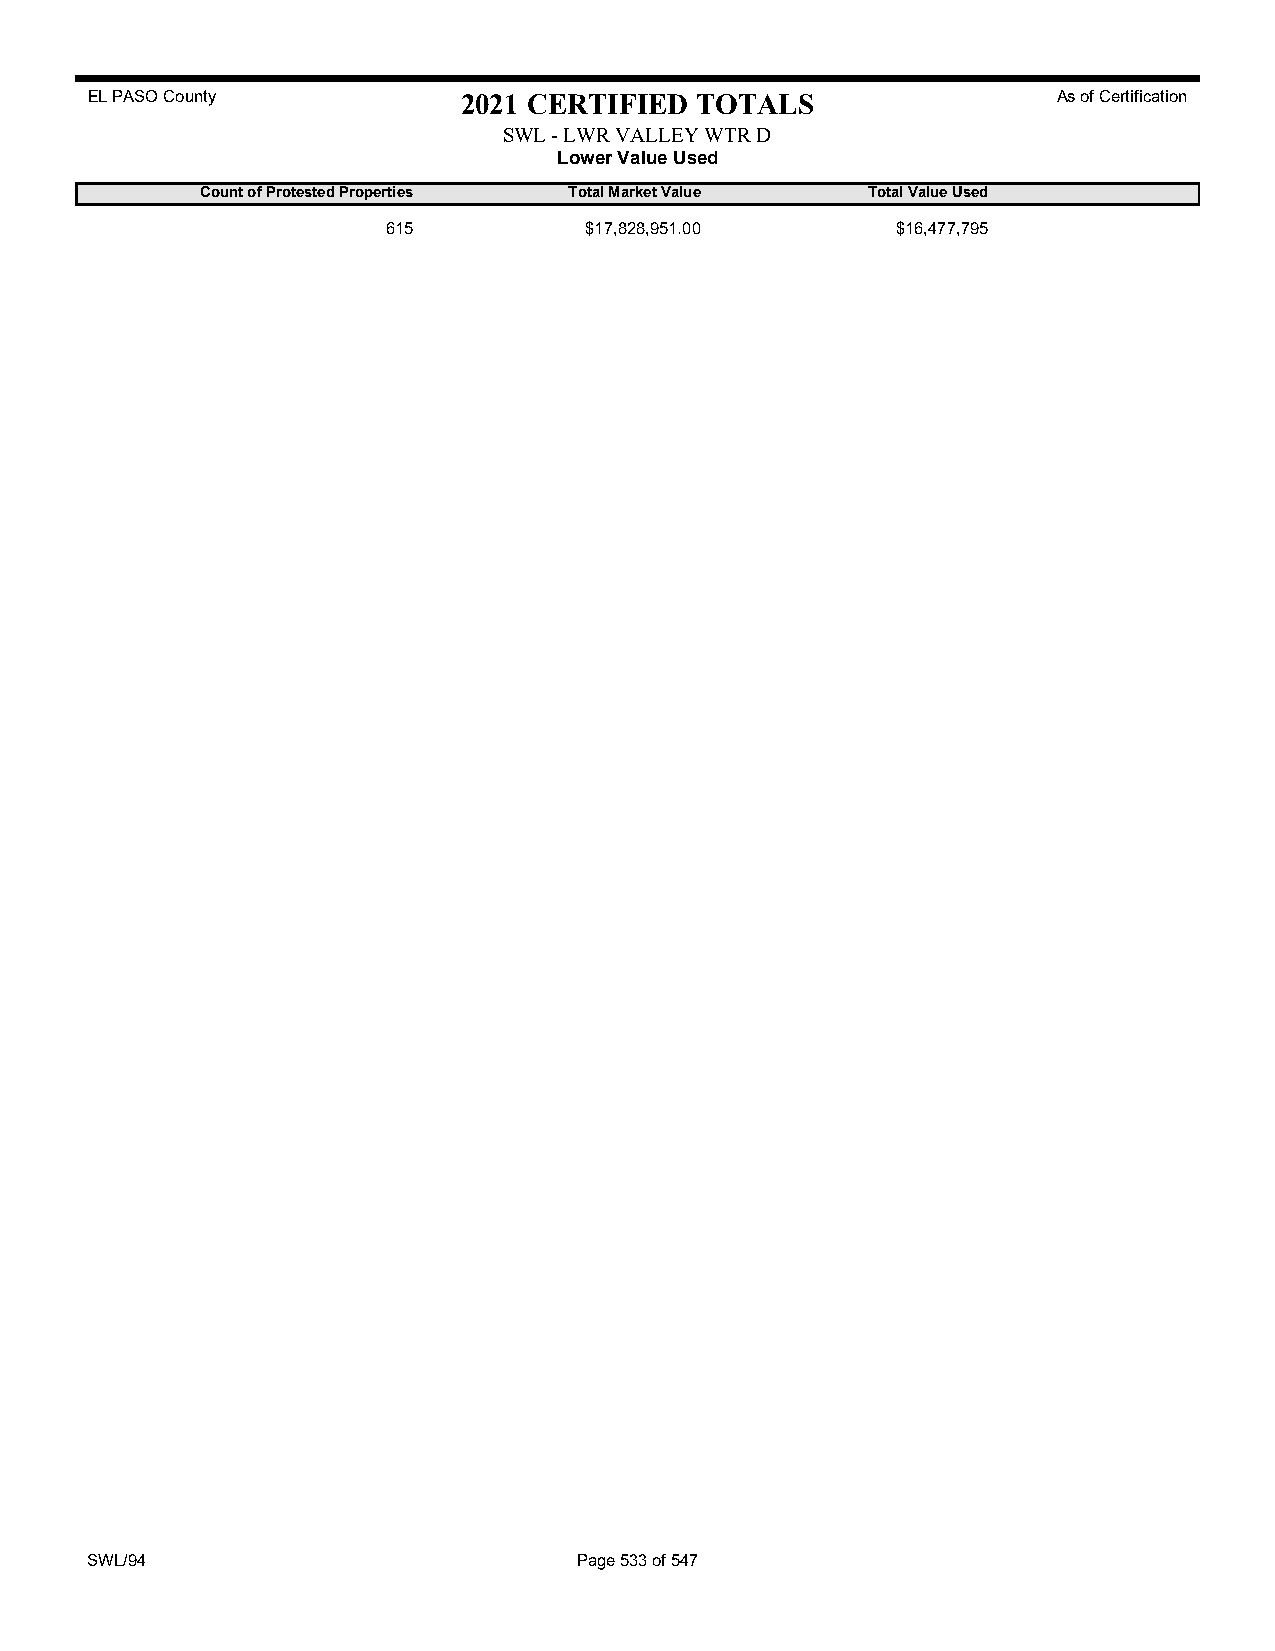
EL PASO County           2021 CERTIFIED TOTALS                  As of Certification
 SWL - LWR VALLEY WTR D
 Lower Value Used
 Count of Protested Properties Total Market Value Total Value Used
 615          $17,828,951.00      $16,477,795
 SWL/94                          Page 533 of 547